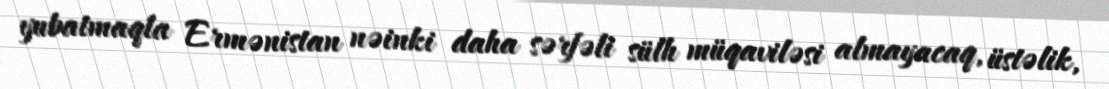
yubatmaqla Ermənistan nəinki daha sərfəli sülh müqaviləsi almayacaq, üstəlik,